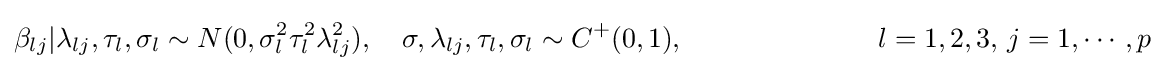
\beta _{lj}|\lambda _{lj},\tau _{l},\sigma _{l}\sim N(0,\sigma _{l}^{2}\tau _{l}^{2}\lambda _{lj}^{2}),\quad \sigma ,\lambda _{lj},\tau _{l},\sigma _{l}\sim C^{+}(0,1),\quad \quad \quad \quad \quad \quad \quad l=1,2,3,\,j=1,\cdots ,p